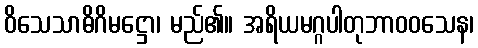
ဝိသေသာဓိဂိမဋ္ဌော၊ မည်၏။ အရိယမဂ္ဂပါတုဘာဝဝသေန၊